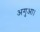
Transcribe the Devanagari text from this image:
अगुआ।